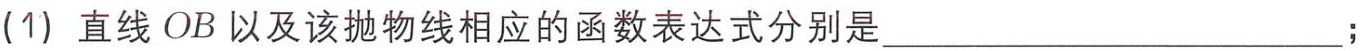
(1) 直线 \(OB\) 以及该抛物线相应的函数表达式分别是____________________；